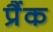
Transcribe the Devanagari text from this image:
प्रैंक